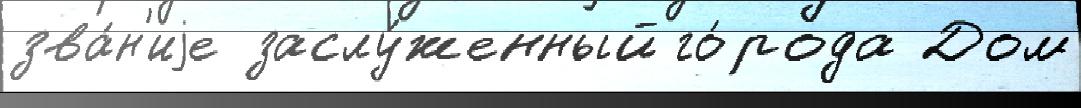
зва́н'иjе заслу́женный го́рода Дом